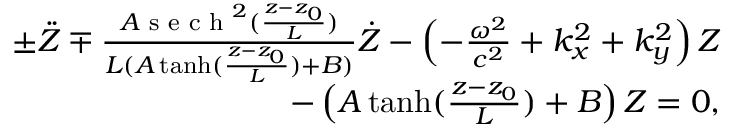
\begin{array} { r } { \pm \ddot { Z } \mp \frac { A \textrm { s e c h } ^ { 2 } ( \frac { z - z _ { 0 } } { L } ) } { L ( A \operatorname { t a n h } ( \frac { z - z _ { 0 } } { L } ) + B ) } \dot { Z } - \left( - \frac { \omega ^ { 2 } } { c ^ { 2 } } + k _ { x } ^ { 2 } + k _ { y } ^ { 2 } \right) Z } \\ { - \left( A \operatorname { t a n h } ( \frac { z - z _ { 0 } } { L } ) + B \right) Z = 0 , } \end{array}